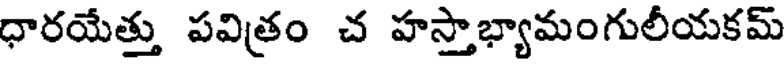
ధారయేత్తు పవిత్రం చ హస్తాభ్యామంగులీయకమ్